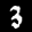
Label: 3